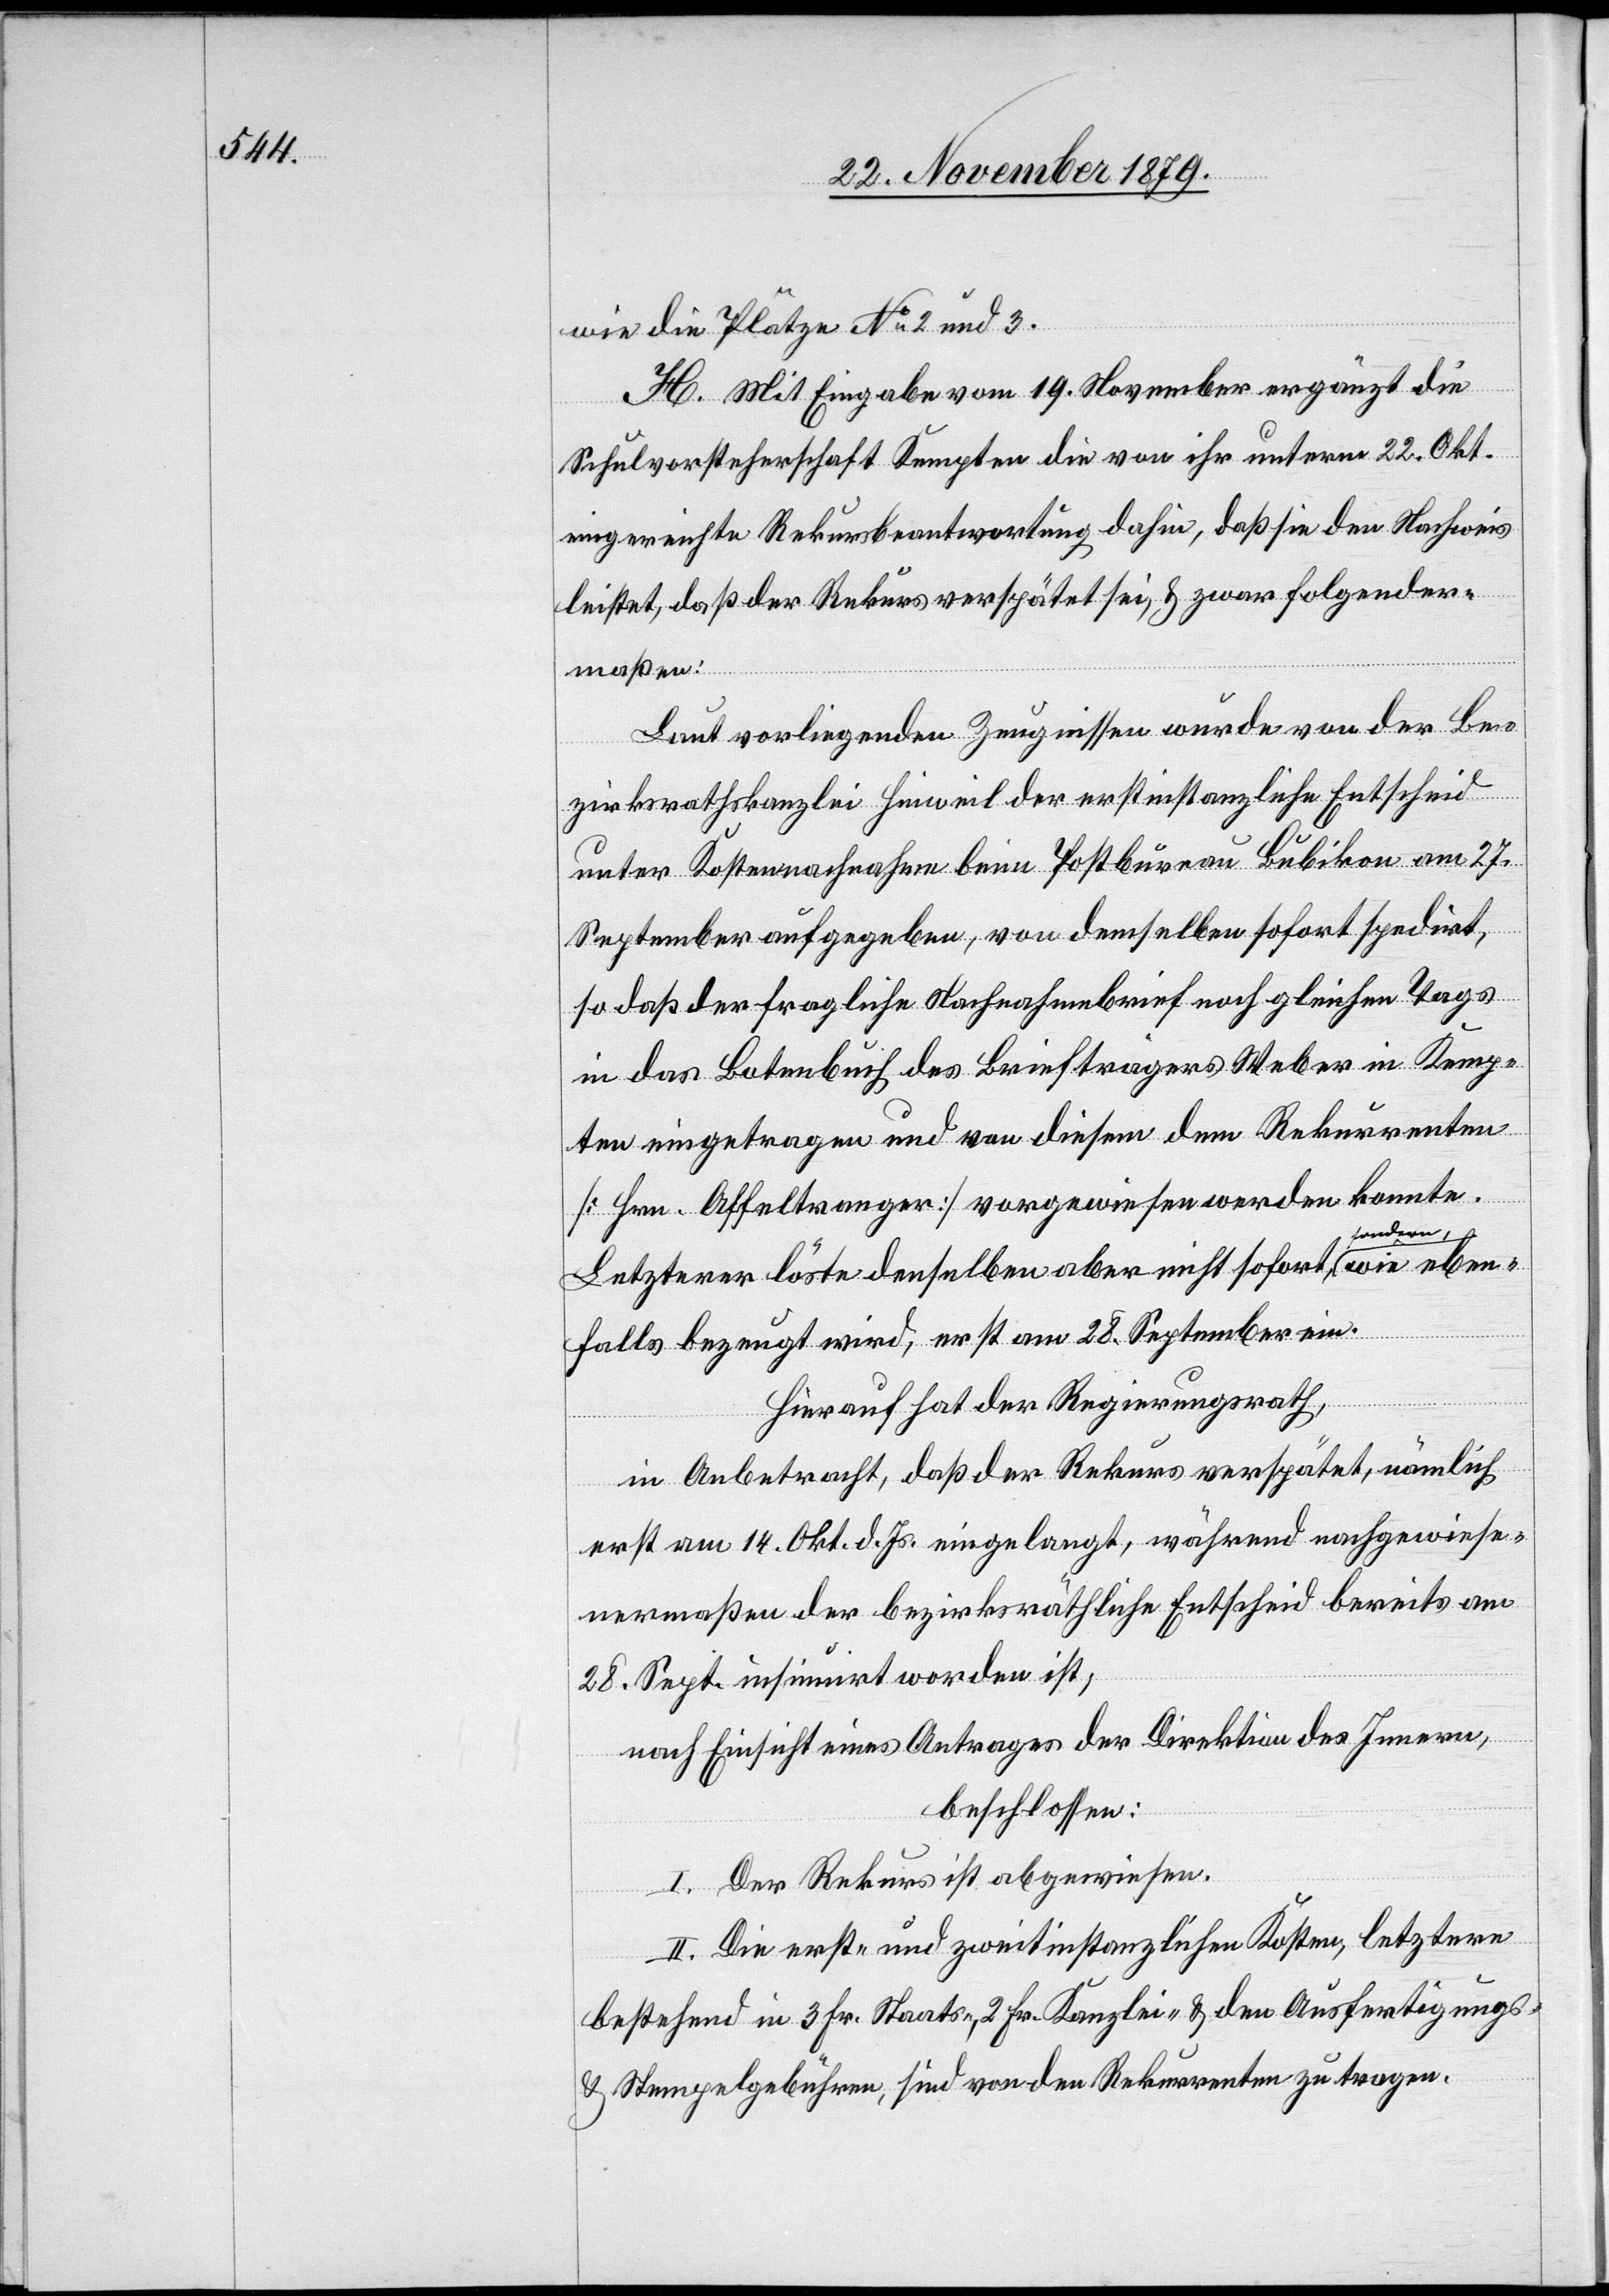
wie die Plätze No 2 und 3.
H. Mit Eingabe vom 19. November ergänzt die
Schulvorsteherschaft Kempten die von ihr unterm 22. Okt.
eingereichte Rekursbeantwortung dahin, das sie den Nachweis
leistet, daß der Rekurs verspätet sei, & zwar folgender¬
maßen:
Laut vorliegenden Zeugnissen wurde von der Be¬
zirksrathskanzlei Hinweil der erstinstanzliche Entscheid
unter Kostennachnahme beim Postbureau Bubikon am 27.
September aufgegeben, von demselben sofort spedirt,
so daß der fragliche Nachnahmebrief noch gleichen Tags
in das Botenbuch des Briefträgers Weber in Kemp¬
ten eingetragen und von diesem dem Rekurrenten
[Hrn. Affeltranger] vorgewiesen werden konnte.
Letzterer löste denselben aber nicht sofort, sondern wie eben¬
falls bezeugt wird, erst am 28. September ein.
Hierauf hat der Regierungsrath,
in Anbetracht, daß der Rekurs verspätet, nämlich
erst am 14. Okt. d. Js. eingelangt, während nachgewiese¬
nermaßen der bezirksräthliche Entscheid bereits am
28. Sept. insinuirt worden ist,
nach Einsicht eines Antrages der Direktion des Innern,
beschlossen:
I. Der Rekurs ist abgewiesen.
II. Die erst- und zweitinstanzlichen Kosten, letztere
bestehend in 3 Fr. Staats-, 2 Fr. Kanzlei- & den Ausfertigungs-
& Stempelgebühren, sind von den Rekurrenten zu tragen.